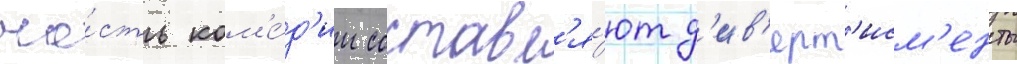
ча́сть ком'е́д'ии составл'я́ют д'ив'ерт'исм'енты